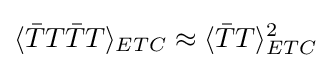
\langle {\bar {T}}T{\bar {T}}T\rangle _{ETC}\approx \langle {\bar {T}}T\rangle _{ETC}^{2}